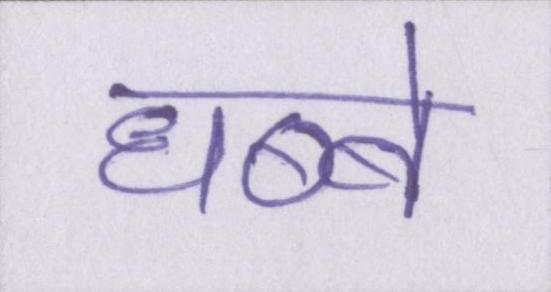
धब्बे